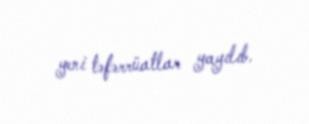
yeni təfərrüatlar yayılıb.